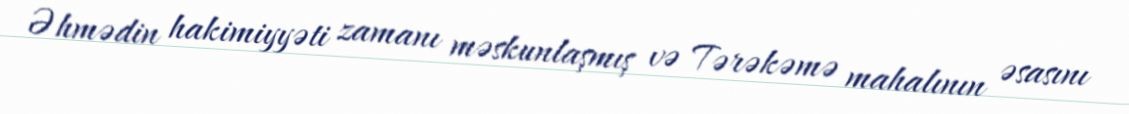
Əhmədin hakimiyyəti zamanı məskunlaşmış və Tərəkəmə mahalının əsasını